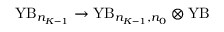
\mathrm { Y B } _ { n _ { K - 1 } } \rightarrow \mathrm { Y B } _ { n _ { K - 1 } , n _ { 0 } } \otimes \mathrm { Y B }